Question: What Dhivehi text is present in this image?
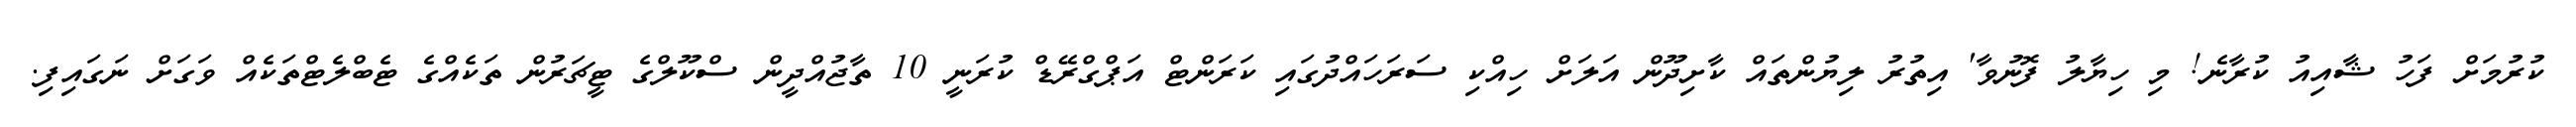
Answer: ކުރުމަށް ފަހު ޝާއިއު ކުރާނެ! މި ހިޔާލު ފޮނުވާ' އިތުރު ލިޔުންތައް ކާށިދޫން އަލަށް ހިއްކި ސަރަހައްދުގައި ކަރަންޓް އަޕްގްރޭޑް ކުރަނީ 10 ތާޖުއްދީން ސްކޫލްގެ ޓީޗަރުން ތަކެއްގެ ޓެބްލެޓްތަކެއް ވަގަށް ނަގައިފި.